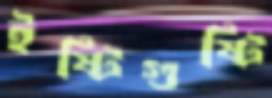
ইষ্টিগুষ্টি